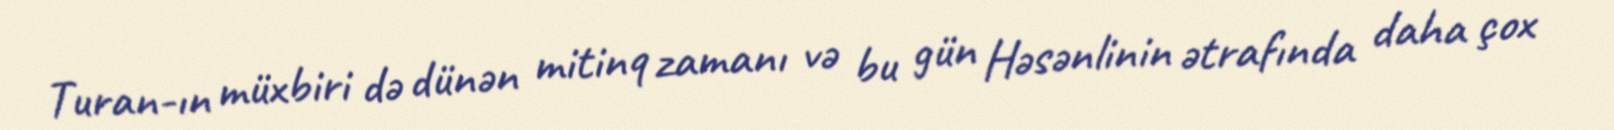
Turan-ın müxbiri də dünən mitinq zamanı və bu gün Həsənlinin ətrafında daha çox